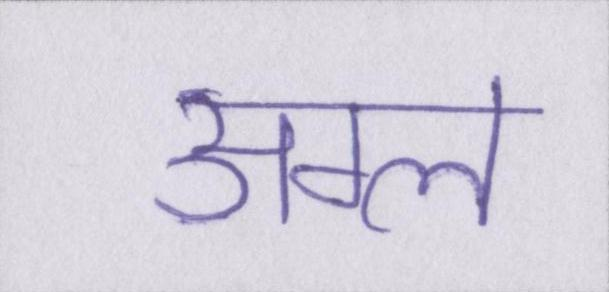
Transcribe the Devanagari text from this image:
अम्ल